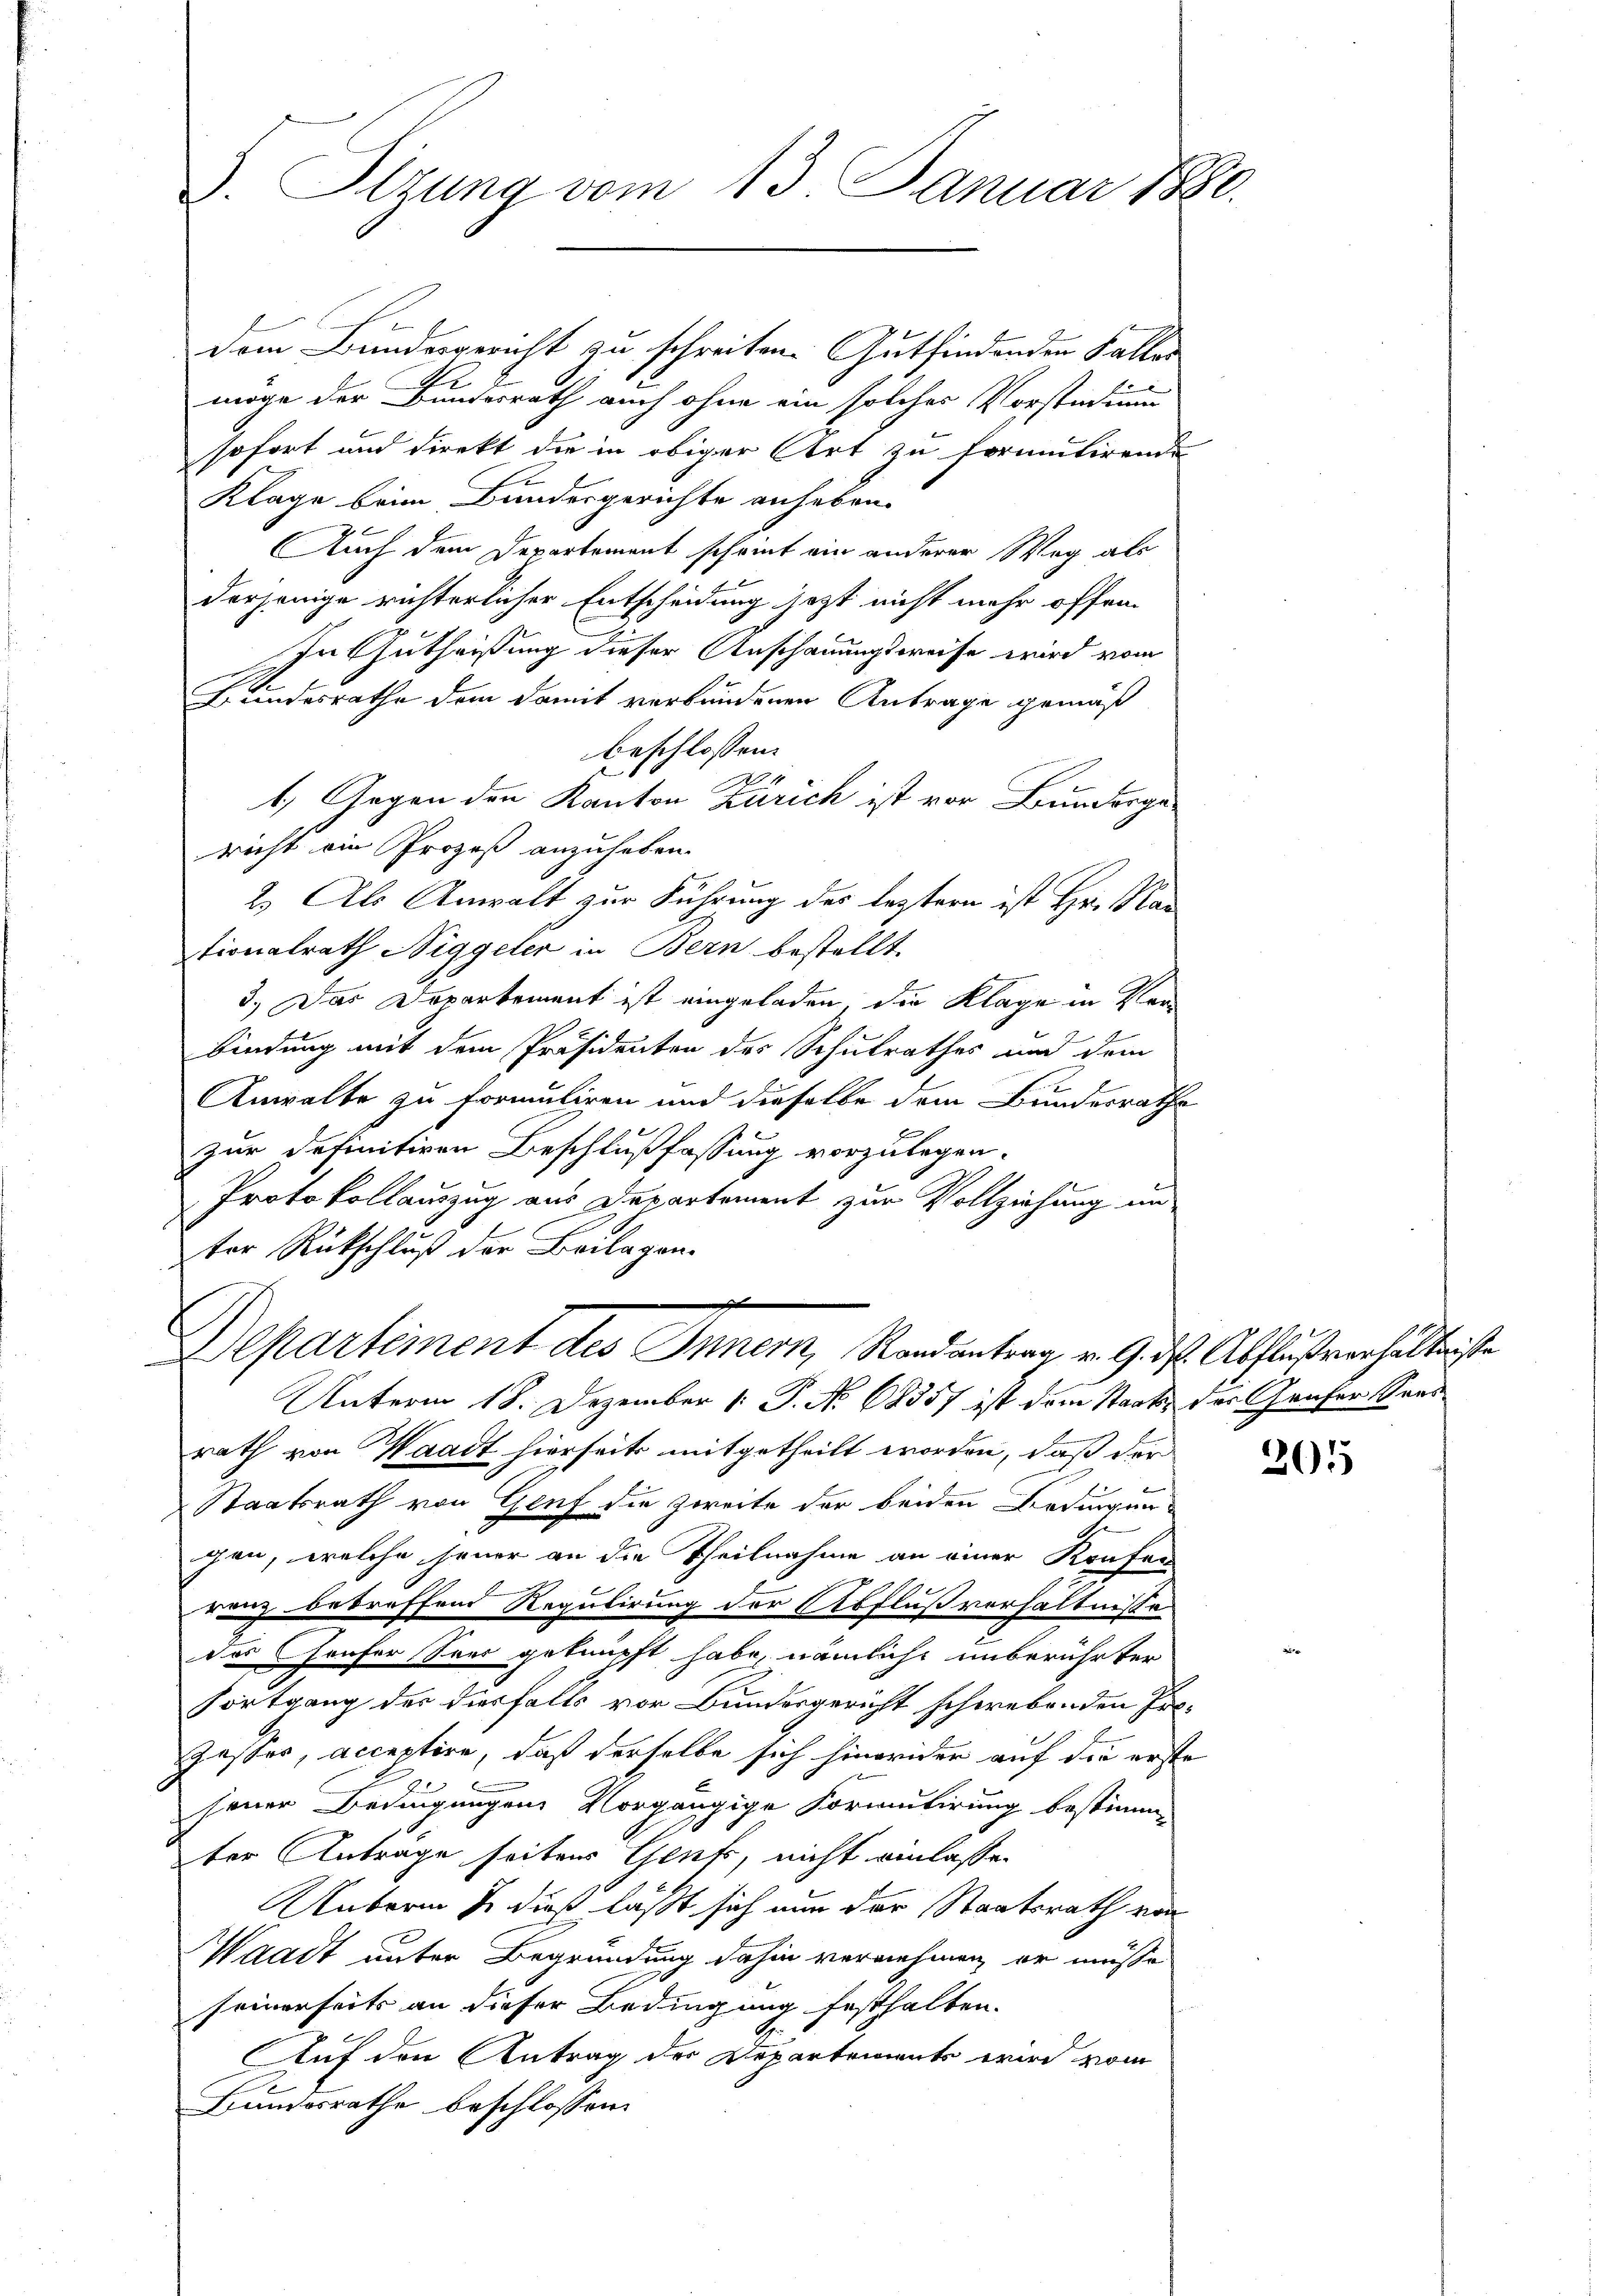
D. Olzung vom 13. Januar 1880.

Dem Bundesgericht zu schreiten. Gutfindenden Falles
e
möge der Bundesrath auch ohne ein solches Vorstuding
sofort und direkt die in obiger Art zu formutirende
Klage beim Bundesgerichte anheben.
Auch dem Departement scheint ein anderer Weg als
derjenige richterlicher Entscheidung jetzt nicht mehr offen.
In Gutheißung dieser Anschauungsweise wird vom
Bundesrathe dem damit verbundenen Antrage gemäß
beschlossen:
1. Gegen den Kanton Zürich ist vor Bundergericht ein Prozeß anzuheben.
2.) Als Anwalt zur Führung des leztern ist Hr. Man
tionalrath Niggeler in Bern bestellt.
3.) Das Departement ist eingeladen, die Klage in Ver
bindung mit dem Präsidenten des Schulrathes und dem
Anwalte zu formuliren und dieselbe dem Bundesrathe
zur definitiven Beschlußfassung vorzulegen.
Protokollauszug aus Departement zur Vollziehung in
ter Rückschluß der Beilagen.
e
Departement des Innern, Randantrag v. 9. ds. Abflußverhältnisse
Unterm 18. Dezember 1. P. No 68357 ist dem Staats der Grufer Sand
rath von Waadt hierseits mitgetheilt worden, daß der
Staatsrath von Genf die Zweite der beiden Bedingen-
6
gen, welche jener an die Theilnahme an einer Konfer
renz betreffend Regulirung der Abflußverhältnisse
des Hauser Sors geknüpft habe, nämliche unberührter
Fortgang der diesfalls vor Bundesgericht schwebenden Erzesser, acceptire, daß derselbe sich hinwider auf die erste
sener Bedingungen Vorgängige Formulirung bestimm-
ter Antrage seiter Genf, nicht einlassen
Unterm 7. dieß läßt sich nun der Staatsrath von
Waadt unter Begründung dahin vernehmen, er müsse
seinerseits an dieser Bedingung festhalten.
Auf den Antrag der Departemente wird vom
Bundesrathe beschlossen:

201